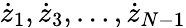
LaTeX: {\dot{z}}_{1},{\dot{z}}_{3},\dots,{\dot{z}}_{N-1}